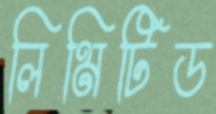
লিমিটিড